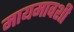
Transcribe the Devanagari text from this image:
मायमावशी